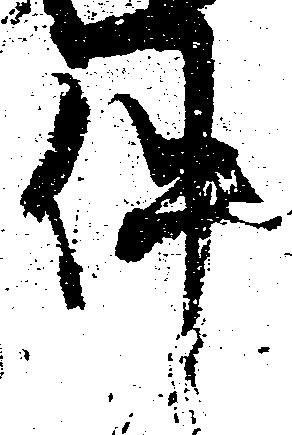
件